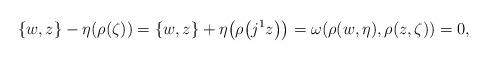
LaTeX: \begin{gather*} \{w,z\} - \eta (\rho(\zeta)) = \{w,z\} + \eta\big(\rho\big(j^1z\big)\big) = \omega (\rho(w,\eta),\rho(z,\zeta)) = 0,\end{gather*}